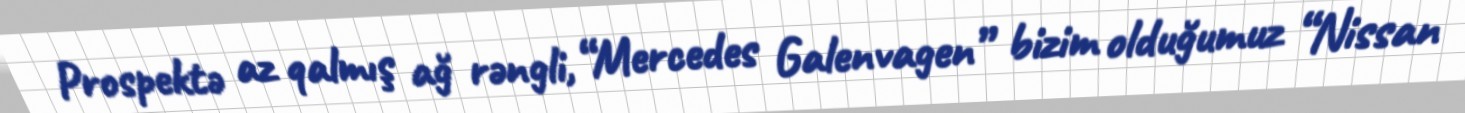
Prospektə az qalmış ağ rəngli, “Mercedes Galenvagen” bizim olduğumuz “Nissan